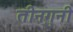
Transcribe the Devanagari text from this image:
तीनगुनी